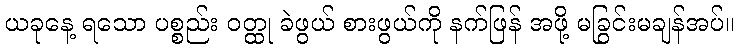
ယခုနေ့ ရသော ပစ္စည်း ဝတ္ထု ခဲဖွယ် စားဖွယ်ကို နက်ဖြန် အဖို့ မခြွင်းမချန်အပ်။